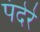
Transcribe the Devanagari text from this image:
पंदेरे